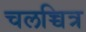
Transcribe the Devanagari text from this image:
चलच्चित्र